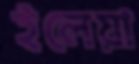
ইলেয়া